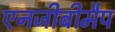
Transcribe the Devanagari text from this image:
एनजीबीमैप